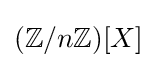
(\mathbb {Z} /n\mathbb {Z} )[X]